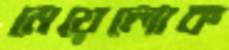
মেয়েলোক